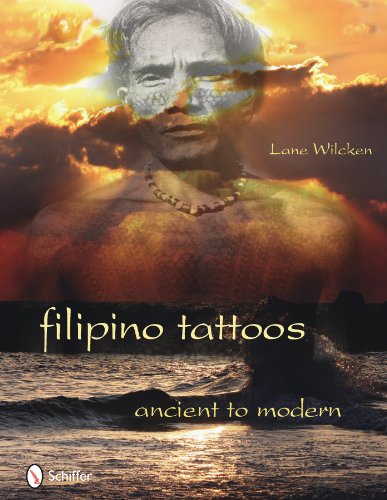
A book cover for Filipino Tattoos Ancient to Modern; Lane Wilcken; Arts & Photography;